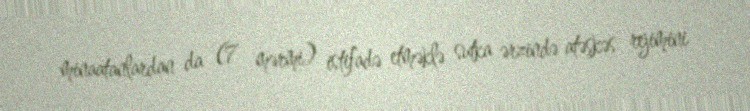
minaatanlardan da (7 mərmi) istifadə etməklə sutka ərzində atəşkəs rejimini